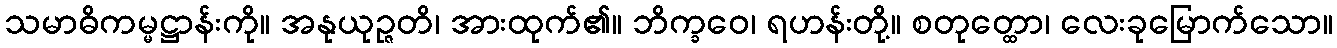
သမာဓိကမ္မဋ္ဌာန်းကို။ အနုယုဉ္ဇတိ၊ အားထုက်၏။ ဘိက္ခဝေ၊ ရဟန်းတို့။ စတုတ္ထော၊ လေးခုမြောက်သော။